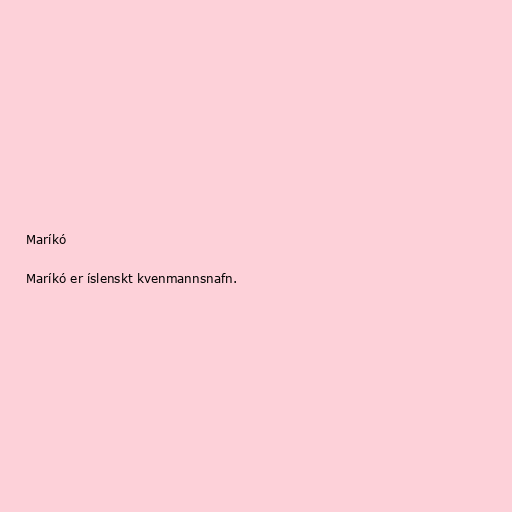
Maríkó

Maríkó er íslenskt kvenmannsnafn.